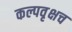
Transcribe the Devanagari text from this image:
कल्पवृक्षच